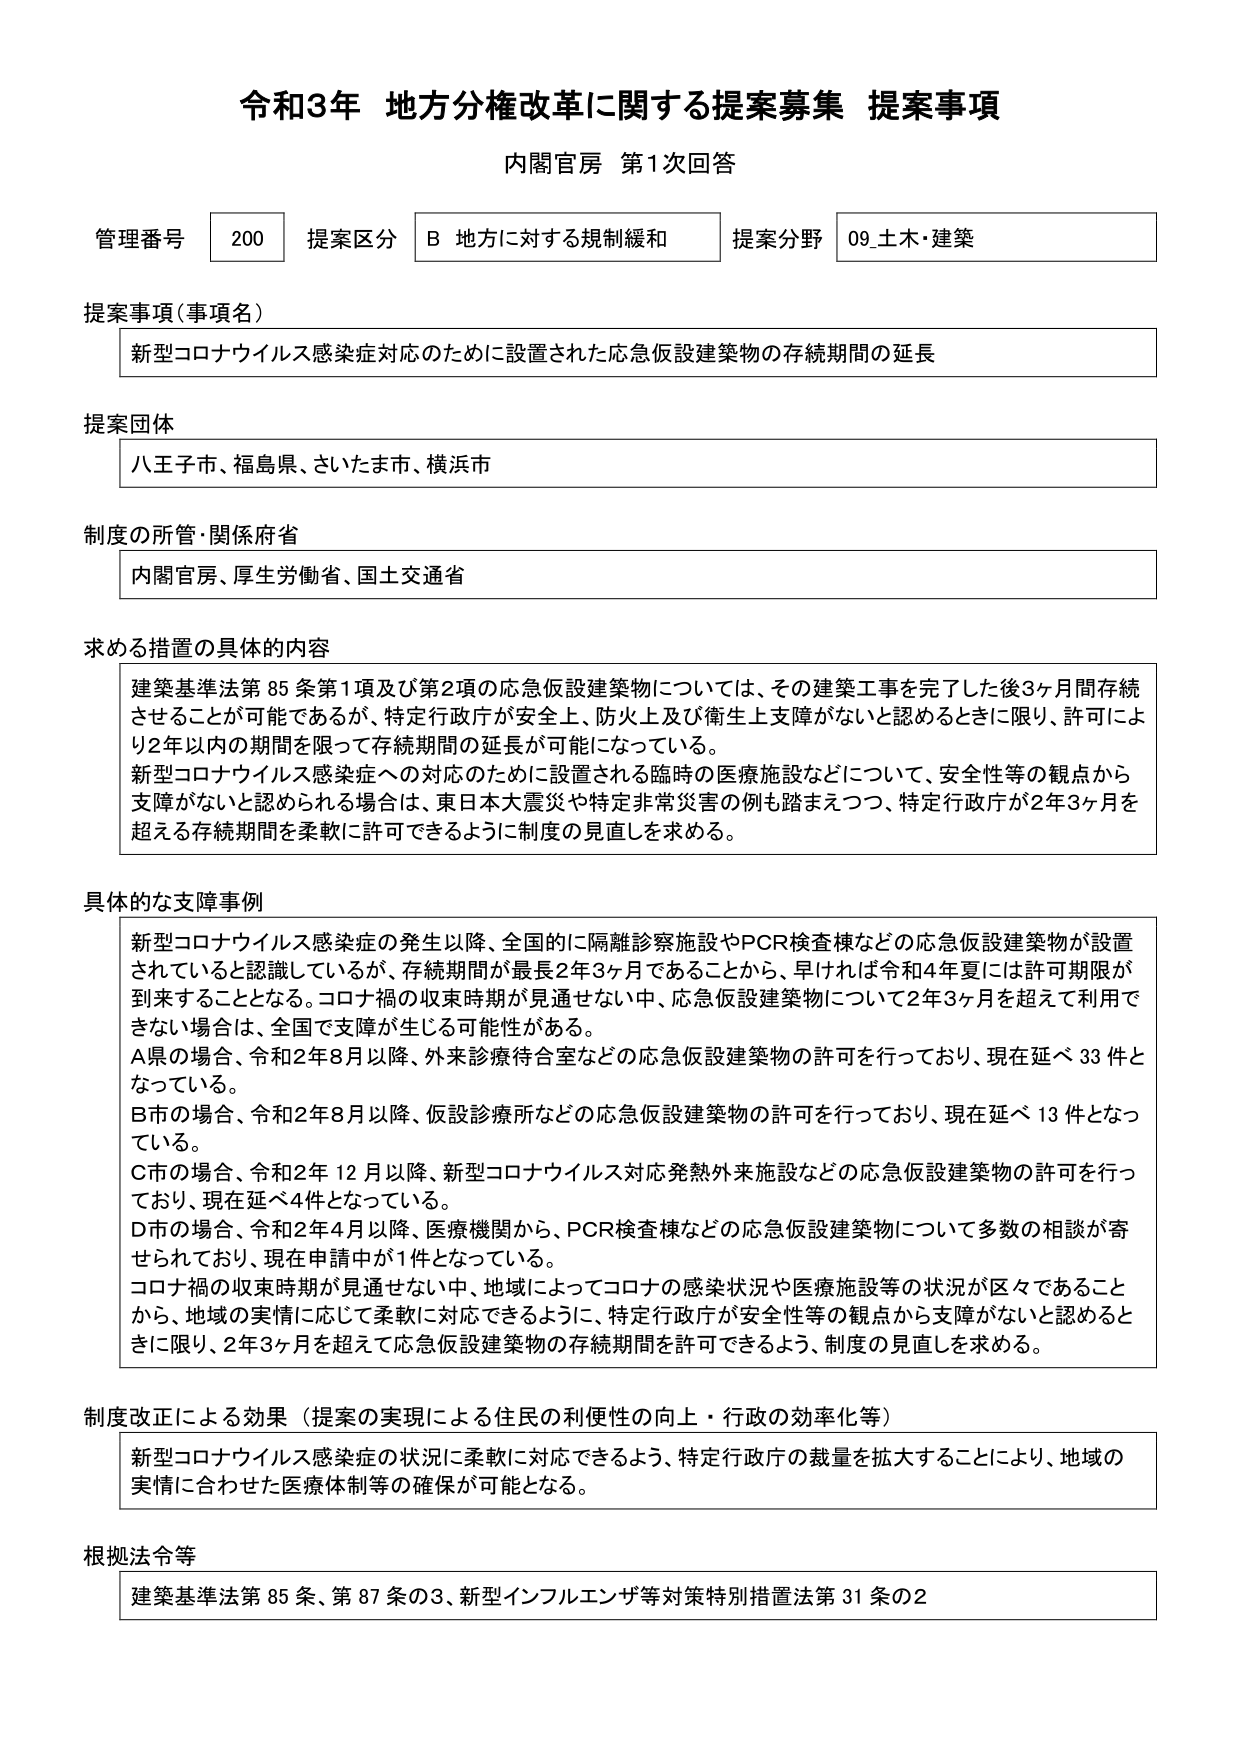
令和3年 地方分権改革に関する提案募集 提案事項
内閣官房 第1次回答

管理番号 200 提案区分 B 地方に対する規制緩和 提案分野 09_土木・建築

提案事項（事項名）
新型コロナウイルス感染症対応のために設置された応急仮設建築物の存続期間の延長

提案団体
八王子市、福島県、さいたま市、横浜市

制度の所管・関係府省
内閣官房、厚生労働省、国土交通省

求める措置の具体的内容
建築基準法第85条第1項及び第2項の応急仮設建築物については、その建築工事を完了した後3ヶ月間存続させることができると可能であるが、特定行政庁が安全上、防火上及び衛生上支障がないと認めるときに限り、許可により2年以内の期間を限って存続期間の延長が可能になっている。
新型コロナウイルス感染症への対応のために設置される臨時の医療施設などについて、安全性等の観点から支障がないと認められる場合は、東日本大震災や特定非常災害の例も踏まえつつ、特定行政庁が2年3ヶ月を超える存続期間を柔軟に許可できるように制度の見直しを求める。

具体的な支障事例
新型コロナウイルス感染症の発生以降、全国的に隔離診察施設やPCR検査棟などの応急仮設建築物が設置されていると認識しているが、存続期間が最長2年3ヶ月であることから、早ければ令和4年夏には許可期限が到来することとなる。コロナ禍の収束時期が見通せない中、応急仮設建築物について2年3ヶ月を超えて利用できない場合は、全国で支障が生じる可能性がある。
A県の場合、令和2年8月以降、外来診療待合室などの応急仮設建築物の許可を行っており、現在延べ33件となっている。
B市の場合、令和2年8月以降、仮設診療所などの応急仮設建築物の許可を行っており、現在延べ13件となっている。
C市の場合、令和2年12月以降、新型コロナウイルス対応発熱外来施設などの応急仮設建築物の許可を行っており、現在延べ4件となっている。
D市の場合、令和2年4月以降、医療機関から、PCR検査棟などの応急仮設建築物について多数の相談が寄せられており、現在申請中が1件となっている。
コロナ禍の収束時期が見通せない中、地域によってコロナの感染状況や医療施設等の状況が区々であることから、地域の実情に応じて柔軟に対応できるように、特定行政庁が安全性等の観点から支障がないと認めるときに限り、2年3ヶ月を超えて応急仮設建築物の存続期間を許可できるよう、制度の見直しを求める。

制度改正による効果（提案の実現による住民の利便性の向上・行政の効率化等）
新型コロナウイルス感染症の状況に柔軟に対応できるよう、特定行政庁の裁量を拡大することにより、地域の実情に合わせた医療体制等の確保が可能となる。

根拠法令等
建築基準法第85条、第87条の3、新型インフルエンザ等対策特別措置法第31条の2